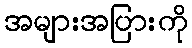
အများအပြားကို